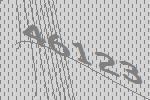
46123